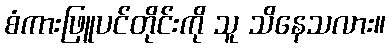
စံကားဖြူပင်တိုင်းကို သူ သိနေသလား။